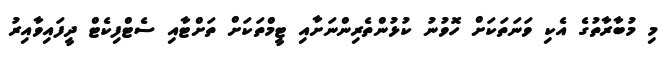
މި މުބާރާތުގެ އެކި ވަނަތަކަށް ހޮވުނު ކުޅުންތެރިންނަށާއި ޓީމްތަކަށް ތަށްޓާއި ސެޓްފިކެޓް ދީފައިވާއިރު